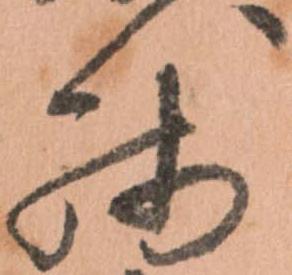
残